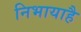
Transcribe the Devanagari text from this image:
निभायाहै